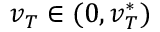
v _ { T } \in ( 0 , v _ { T } ^ { * } )